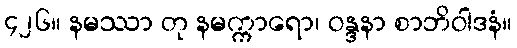
၄၂၆။ နမဿာ တု နမက္ကာရော၊ ဝန္ဒနာ စာဘိဝါဒနံ။